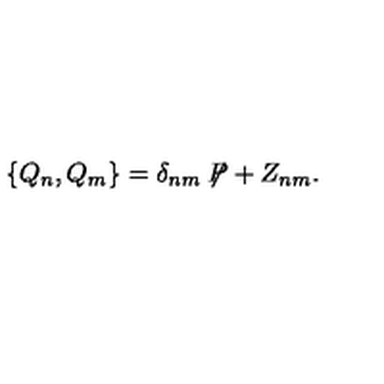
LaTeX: \{ Q _ { n } , Q _ { m } \} = \delta _ { n m } \not \! \! P + Z _ { n m } .